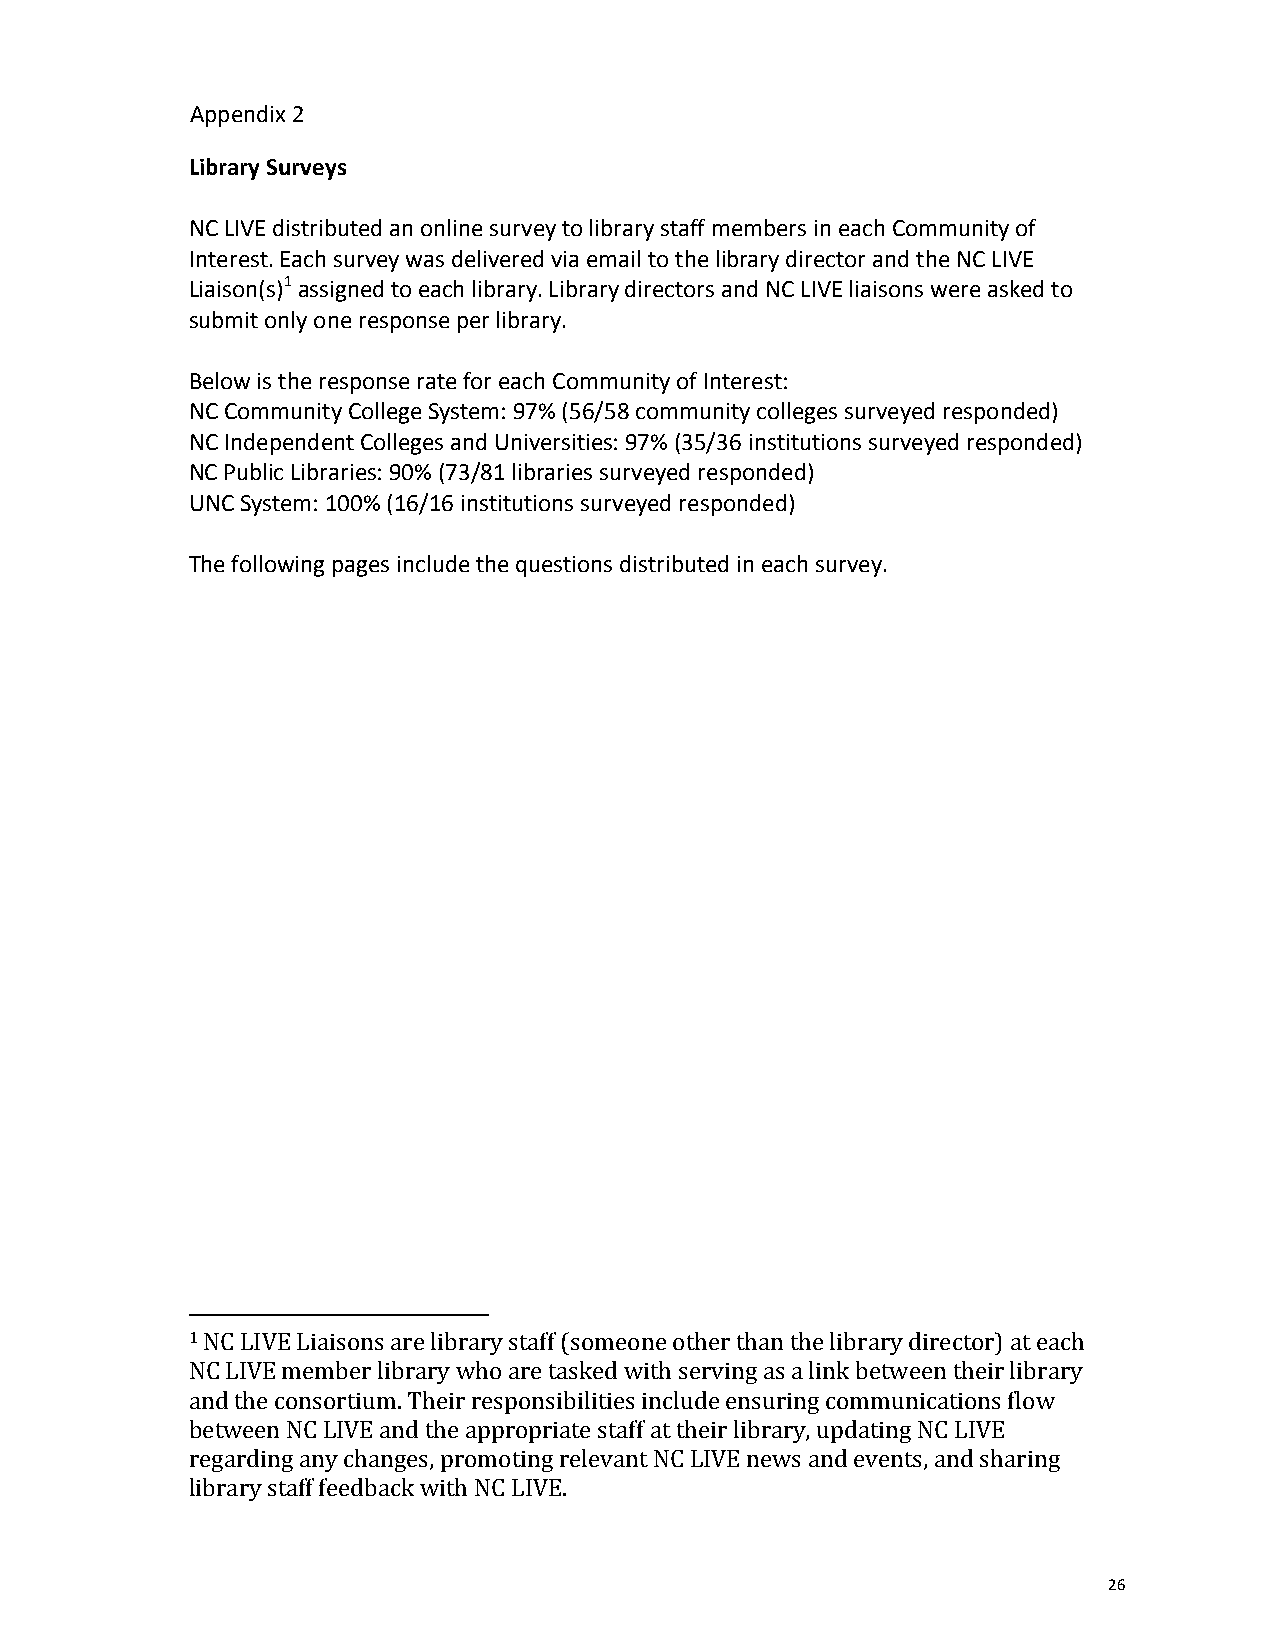
Library Surveys
 NC LIVE distributed an online survey to library staff members in each Community of
 Interest. Each survey was delivered via email to the library director and the NC LIVE
 Liaison(s)1 assigned to each library. Library directors and NC LIVE liaisons were asked to
 submit only one response per library.
 Below is the response rate for each Community of Interest:
 NC Community College System: 97% (56/58 community colleges surveyed responded)
 NC Independent Colleges and Universities: 97% (35/36 institutions surveyed responded)
 NC Public Libraries: 90% (73/81 libraries surveyed responded)
 UNC System: 100% (16/16 institutions surveyed responded)
 The following pages include the questions distributed in each survey.
 1 NC LIVE Liaisons are library staff (someone other than the library director) at each
 NC LIVE member library who are tasked with serving as a link between their library
 and the consortium. Their responsibilities include ensuring communications flow
 between NC LIVE and the appropriate staff at their library, updating NC LIVE
 regarding any changes, promoting relevant NC LIVE news and events, and sharing
 library staff feedback with NC LIVE.
 26